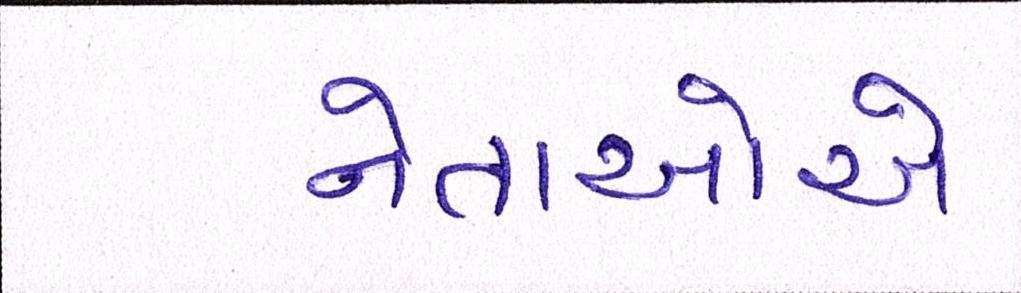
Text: નેતાઓએ